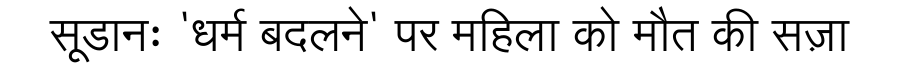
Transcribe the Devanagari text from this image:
सूडानः 'धर्म बदलने' पर महिला को मौत की सज़ा